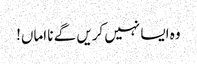
وہ ایسا نہیں کریں گے نا اماں!